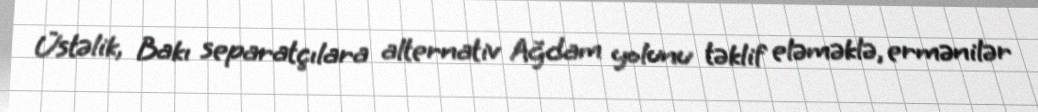
Üstəlik, Bakı separatçılara alternativ Ağdam yolunu təklif eləməklə, ermənilər